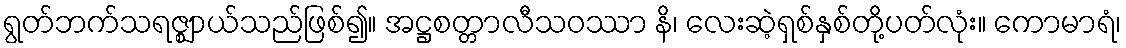
ရွတ်ဘက်သရဇ္ဈာယ်သည်ဖြစ်၍။ အဋ္ဌစတ္တာလီသဝဿာ နိ၊ လေးဆဲ့ရှစ်နှစ်တို့ပတ်လုံး။ ကောမာရံ၊